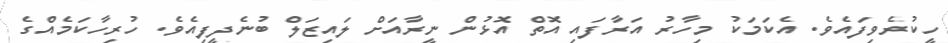
ހީކުރެވިފައެވެ. އެކަމަކު މިހާރު އަރާފައި އޮތް އޮޅުން ނީރާއަށް ލައިޒަލް ބުނެދީފިއެވެ. ހުރިހާކަމެއްގެ